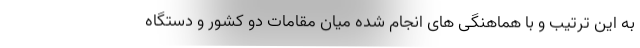
به این ترتیب و با هماهنگی های انجام شده میان مقامات دو کشور و دستگاه